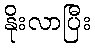
နိုးလာပြီး